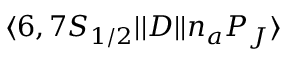
\ensuremath { \langle 6 , 7 S _ { 1 / 2 } | | } D \ensuremath { | | n _ { a } P _ { J } \rangle }